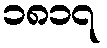
၁၈၁၇